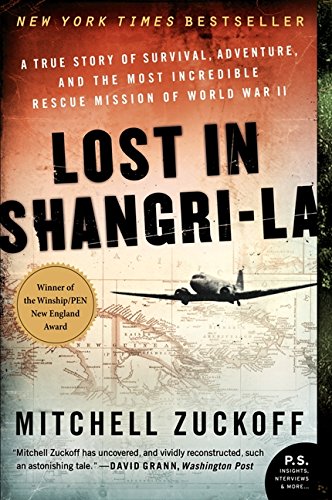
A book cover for Lost in Shangri-La: A True Story of Survival, Adventure, and the Most Incredible Rescue Mission of World War II; Mitchell Zuckoff; History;